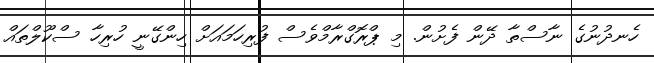
ހެނދުނުގެ ނާސްތާ ދޭން ފެށުން. މި ޕްރޮގްރާމްވެސް ފުރިހަމައަށް ހިންގޭނީ ހުރިހާ ސްކޫލްތައް